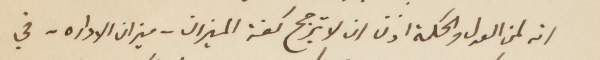
انه لمن العدل والحكمة اذن ان لا ترجح كفة الميزان - ميزان الاداره - في